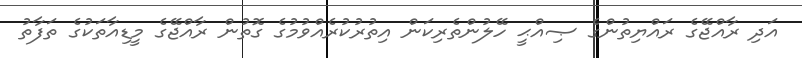
އަދި ރާއްޖޭގެ ރައްޔިތުންގެ ޞިއްޙީ ހޭލުންތެރިކަން އިތުރުކުރެއްވުމުގެ ގޮތުން ރާއްޖޭގެ މީޑިއާތަކުގެ ތަފާތު